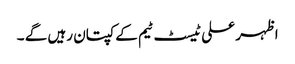
اظہر علی ٹیسٹ ٹیم کے کپتان رہیں گے ۔